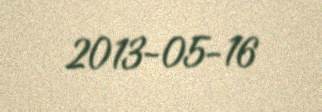
2013-05-16